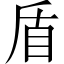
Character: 盾